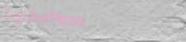
TryOurPizza